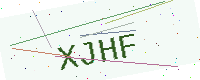
Text: XJHF